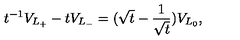
t ^ { - 1 } V _ { L _ { + } } - t V _ { L _ { - } } = ( \sqrt { t } - \frac { 1 } { \sqrt { t } } ) V _ { L _ { 0 } } ,